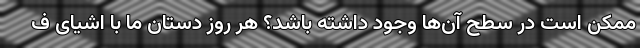
ممکن است در سطح آن‌ها وجود داشته باشد؟ هر روز دستان ما با اشیای ف